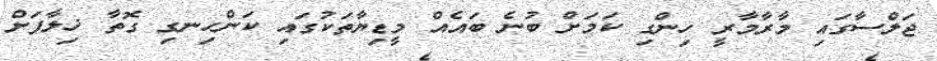
ޖަލްސާގައި މާރާމާރީ ހިންގި ކަމަށް ބުނެ ބައެއް މީޑިޔާތަކުގައި ކަންހިނގި ގޮތާ ޚިލާފަށް